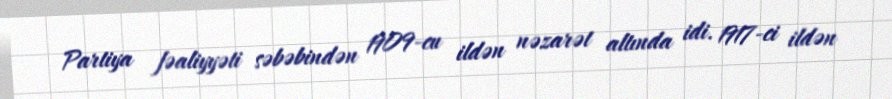
Partiya fəaliyyəti səbəbindən 1909-cu ildən nəzarət altında idi. 1917-ci ildən